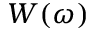
W ( \omega )